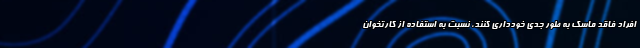
افراد فاقد ماسک به طور جدی خودداری کنند، نسبت به استفاده از کارتخوان